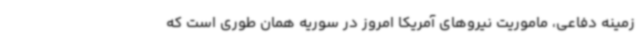
زمینه دفاعی، ماموریت نیروهای آمریکا امروز در سوریه همان طوری است که